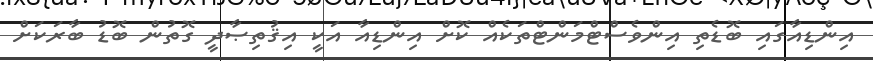
އިންޑިއާގައި ބޮޑެތި އިންވެސްޓްމަންޓްތަކެއް ކޮށް އިންޑިއާ އަކީ އިޤުތިޞާދީ ގޮތުން ބޮޑު ބާރަކަށް